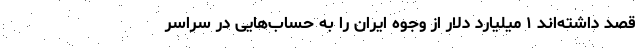
قصد داشته‌اند ۱ میلیارد دلار از وجوه ایران را به حساب‌هایی در سراسر